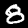
Digit: 8